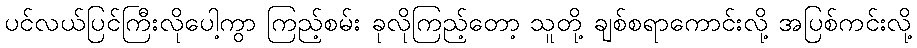
ပင်လယ်ပြင်ကြီးလိုပေါ့ကွာ ကြည့်စမ်း ခုလိုကြည့်တော့ သူတို့ ချစ်စရာကောင်းလို့ အပြစ်ကင်းလို့